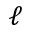
\ell